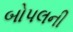
બોપલની